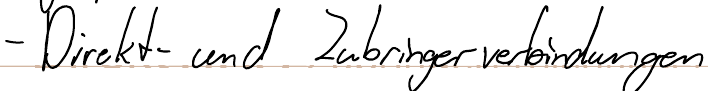
- Direkt- und Zubringerverbindungen